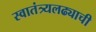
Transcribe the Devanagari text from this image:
स्वातंत्र्यलढ्याची